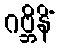
ဂဗ္ဘိနိံ